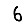
Digit: 6